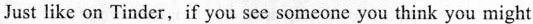
Just like on Tinder, if you see someone you think you might